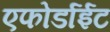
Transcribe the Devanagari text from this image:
एफोर्डाईट